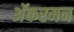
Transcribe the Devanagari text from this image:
अॅकरमन